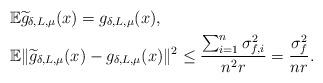
LaTeX: \begin{align*} &\mathbb{E}\widetilde{g}_{\delta, L, \mu}(x) = g_{\delta, L, \mu}(x), \\ &\mathbb{E}\|\widetilde{g}_{\delta, L, \mu}(x)-g_{\delta, L, \mu}(x)\|^2 \leq \frac{\sum_{i=1}^n\sigma_{f, i }^2}{n^2r}=\frac{\sigma_f^2}{nr}. \end{align*}